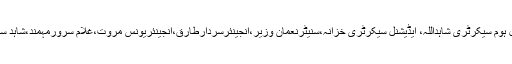
اجلاس میں سیکرٹری توانائی وبرقیات انجینئرنعیم خان،ایڈیشنل ہوم سیکرٹری شاہداللہ، ایڈیشنل سیکرٹری خزانہ،سنیٹرنعمان وزیر،انجینئرسردارطارق،انجینئریونس مروت،غلام سرورمہمند،شاہد ستاراور پیڈوکے چیف ایگزیکٹیواکبر ایوب خان نے شرکت کی۔